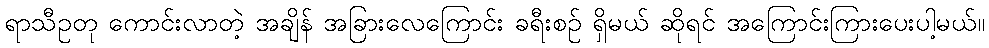
ရာသီဥတု ကောင်းလာတဲ့ အချိန် အခြားလေကြောင်း ခရီးစဉ် ရှိမယ် ဆိုရင် အကြောင်းကြားပေးပါ့မယ်။